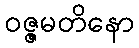
ဝဇ္ဇမတိနော